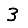
Digit: 3